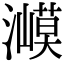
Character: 㵹